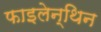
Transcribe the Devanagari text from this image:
फाइलेन्थिन